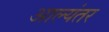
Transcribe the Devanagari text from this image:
आल्यंतर